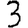
Digit: 3